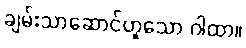
ချမ်းသာဆောင်ဟူသော ဂါထာ။